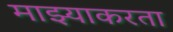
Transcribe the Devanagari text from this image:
माझ्याकरता